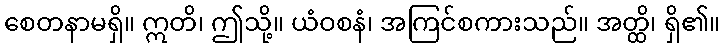
စေတနာမရှိ။ ဣတိ၊ ဤသို့။ ယံဝစနံ၊ အကြင်စကားသည်။ အတ္ထိ၊ ရှိ၏။